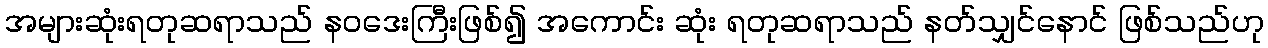
အများဆုံးရတုဆရာသည် နဝဒေးကြီးဖြစ်၍ အကောင်း ဆုံး ရတုဆရာသည် နတ်သျှင်နောင် ဖြစ်သည်ဟု